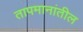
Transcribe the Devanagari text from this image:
तापमानांतील